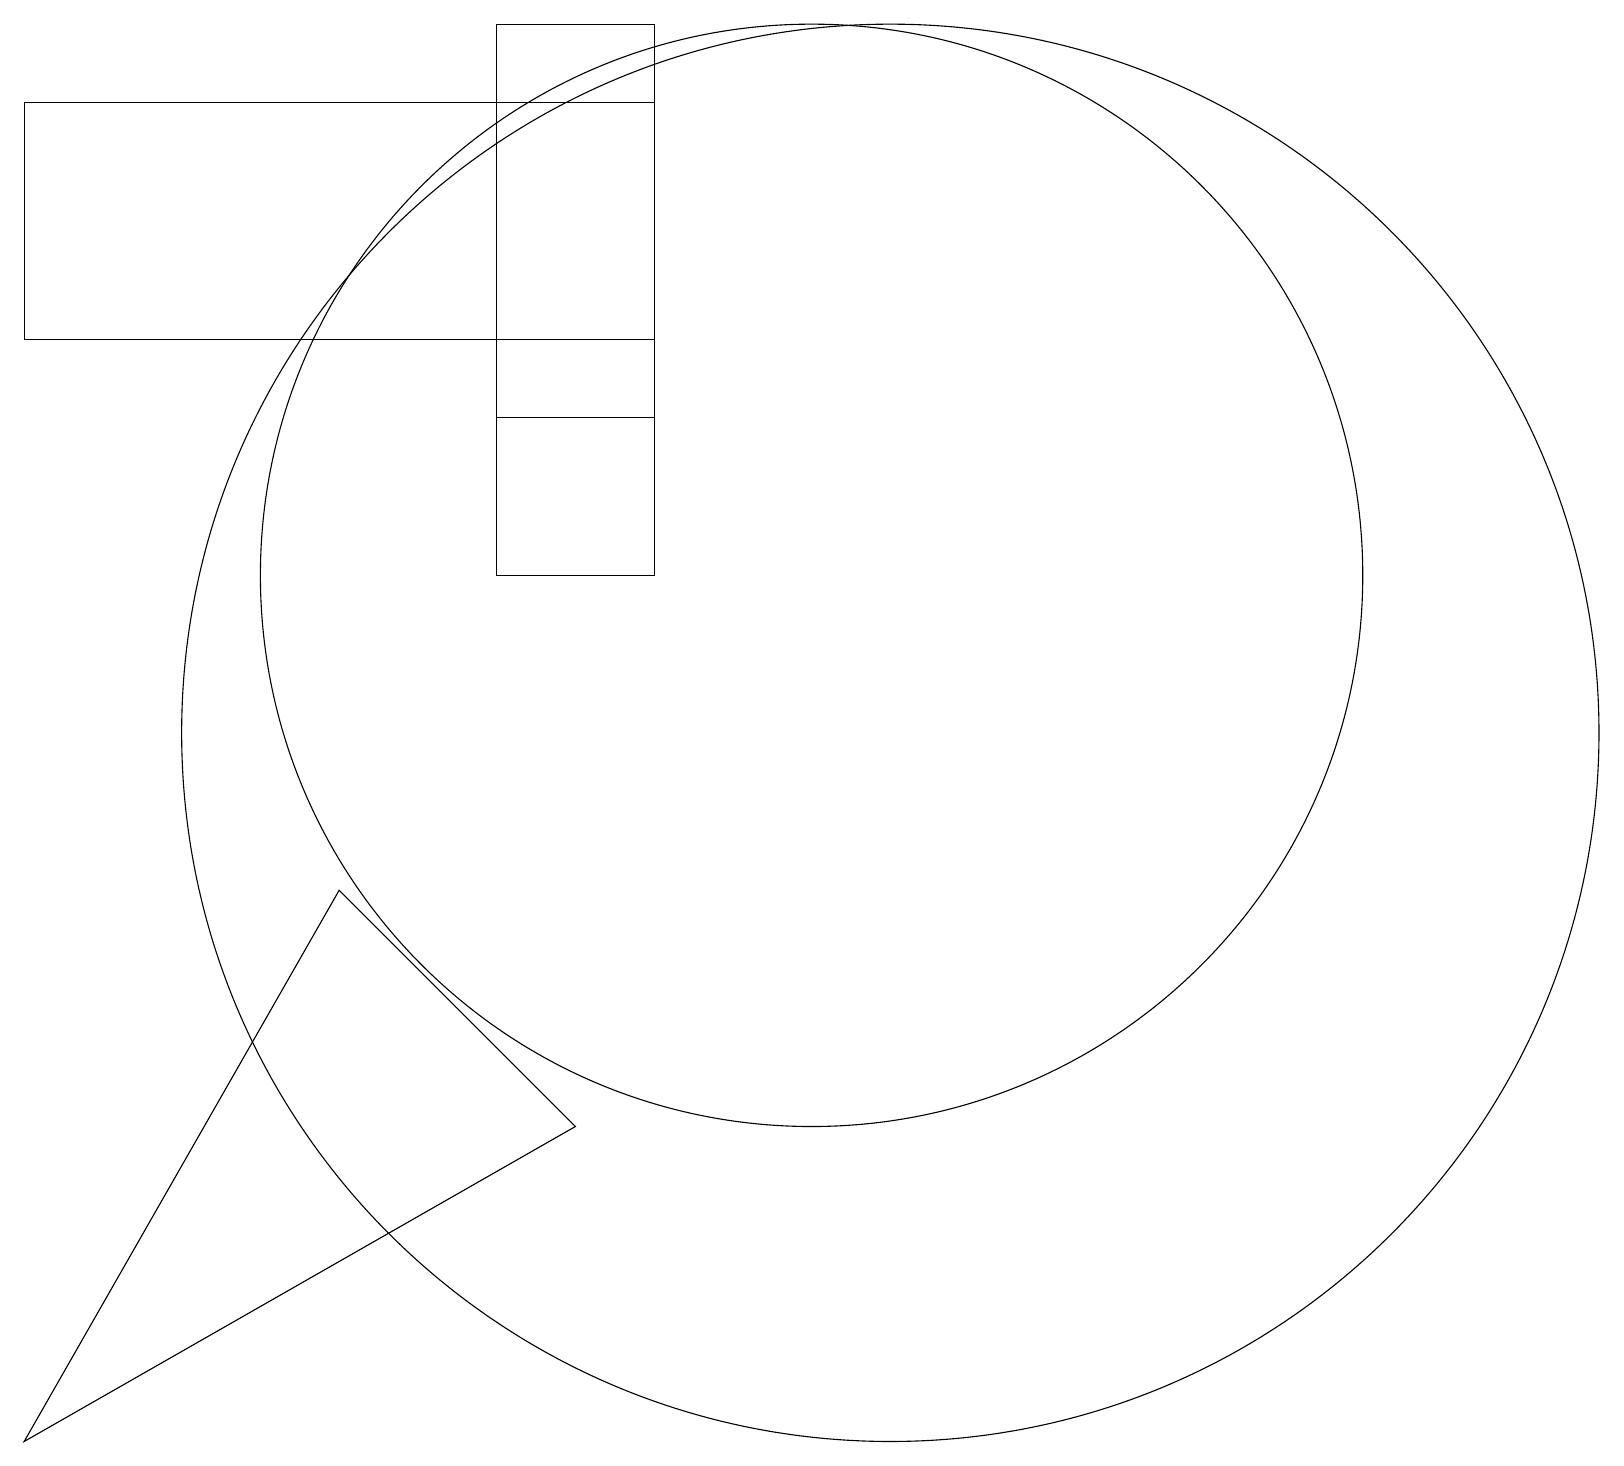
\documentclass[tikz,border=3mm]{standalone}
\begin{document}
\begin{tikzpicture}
\draw (8,12) rectangle (6,19);
\draw (0,15) rectangle (8,18);
\draw (10,12) circle (7);
\draw (11,10) circle (9);
\draw (8,12) rectangle (6,14);
\draw (0,1) -- (4,8) -- (7,5) -- cycle;
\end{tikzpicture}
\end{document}